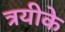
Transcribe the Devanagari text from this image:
त्रयीके